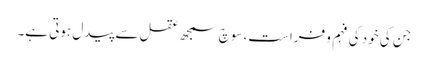
جن کی خود کی فہم و فراست، سوچ سمجھ عقل سے پیدل ہوتی ہے۔